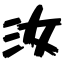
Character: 汝